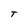
Character: T